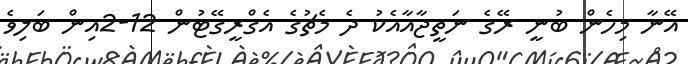
އޭނާ މިހެން ބުނީ ރޭގެ ނަތީޖާއާއެކު ދެ މެޗުގެ އެގްރީގޭޓުން 12-2އިން ބަލިވެ